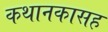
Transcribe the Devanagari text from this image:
कथानकासह